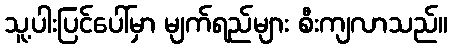
သူ့ပါးပြင်ပေါ်မှာ မျက်ရည်များ စီးကျလာသည်။